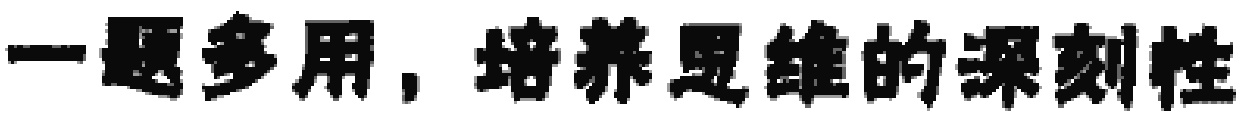
一题多用，培养思维的深刻性